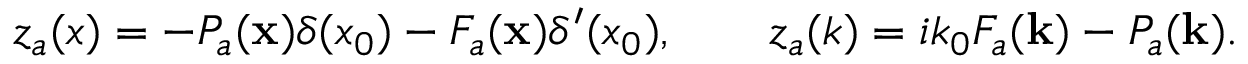
z _ { a } ( x ) = - P _ { a } ( { \bf x } ) \delta ( x _ { 0 } ) - F _ { a } ( { \bf x } ) \delta ^ { \prime } ( x _ { 0 } ) , \qquad z _ { a } ( k ) = i k _ { 0 } F _ { a } ( { \bf k } ) - P _ { a } ( { \bf k } ) .